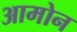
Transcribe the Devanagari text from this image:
आमोन